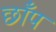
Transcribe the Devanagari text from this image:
छाँप